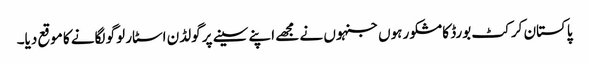
پاکستان کرکٹ بورڈ کا مشکور ہوں جنہوں نے مجھے اپنے سینے پر گولڈن اسٹار لوگو لگانے کا موقع دیا۔